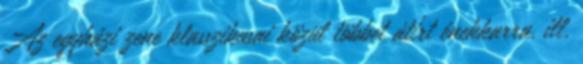
Az egyházi zene klasszikusai közül többet átírt énekkarra, ill.